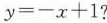
$$y = - x + 1$$?